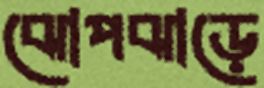
ঝোপঝাড়ে